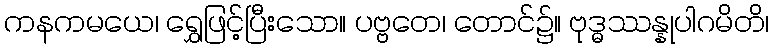
ကနကမယေ၊ ရွှေဖြင့်ပြီးသော။ ပဗ္ဗတေ၊ တောင်၌။ ဗုဒ္ဓဿန္နုပါဂမိတိ၊